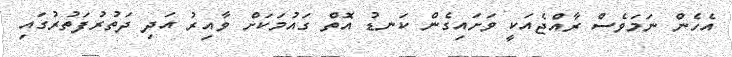
އެހެން ނަމަވެސް ރާއްޖެއަކީ ވަށައިގެން ކަނޑު އޮތް ގައުމަކަށް ވާއިރު އަދި ދަތުރުފަތުރުގައި